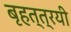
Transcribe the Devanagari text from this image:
बृहत्‌त्रयी